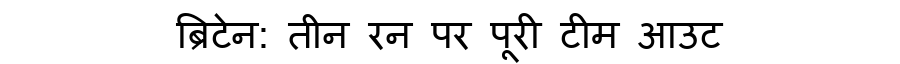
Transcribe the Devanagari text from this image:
ब्रिटेन: तीन रन पर पूरी टीम आउट